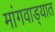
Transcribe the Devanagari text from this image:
मांगवाड्यात